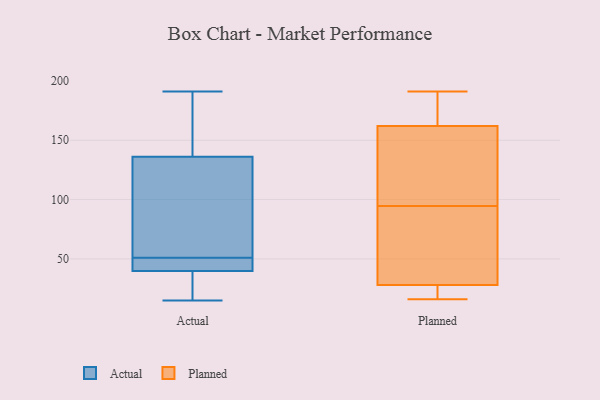
{"axis": {"x": "Revenue (USD Million)", "y": "Value"}, "legend": ["Actual", "Planned"], "data": [{"x": "", "y": 191, "type": "Actual"}, {"x": "", "y": 44, "type": "Actual"}, {"x": "", "y": 46, "type": "Actual"}, {"x": "", "y": 171, "type": "Actual"}, {"x": "", "y": 15, "type": "Actual"}, {"x": "", "y": 51, "type": "Actual"}, {"x": "", "y": 92, "type": "Actual"}, {"x": "", "y": 15, "type": "Actual"}, {"x": "", "y": 126, "type": "Actual"}, {"x": "", "y": 42, "type": "Actual"}, {"x": "", "y": 166, "type": "Actual"}, {"x": "", "y": 33, "type": "Actual"}, {"x": "", "y": 70, "type": "Actual"}, {"x": "", "y": 162, "type": "Planned"}, {"x": "", "y": 143, "type": "Planned"}, {"x": "", "y": 74, "type": "Planned"}, {"x": "", "y": 183, "type": "Planned"}, {"x": "", "y": 28, "type": "Planned"}, {"x": "", "y": 67, "type": "Planned"}, {"x": "", "y": 16, "type": "Planned"}, {"x": "", "y": 191, "type": "Planned"}, {"x": "", "y": 21, "type": "Planned"}, {"x": "", "y": 115, "type": "Planned"}]}